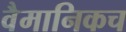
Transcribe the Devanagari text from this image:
वैमानिकच